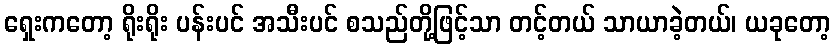
ရှေးကတော့ ရိုးရိုး ပန်းပင် အသီးပင် စသည်တို့ဖြင့်သာ တင့်တယ် သာယာခဲ့တယ်၊ ယခုတော့